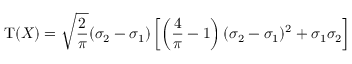
\operatorname { T } ( X ) = { \sqrt { \frac { 2 } { \pi } } } ( \sigma _ { 2 } - \sigma _ { 1 } ) \left[ \left( { \frac { 4 } { \pi } } - 1 \right) ( \sigma _ { 2 } - \sigma _ { 1 } ) ^ { 2 } + \sigma _ { 1 } \sigma _ { 2 } \right]